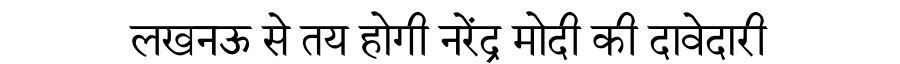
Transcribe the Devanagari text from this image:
लखनऊ से तय होगी नरेंद्र मोदी की दावेदारी